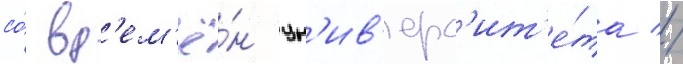
со́ вр'ем'ё́н ун'ив'ерс'ит'е́та //